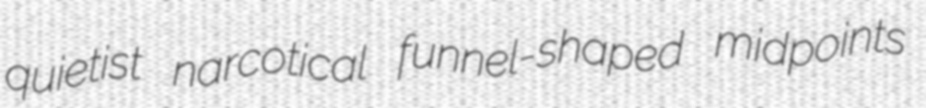
quietist narcotical funnel-shaped midpoints